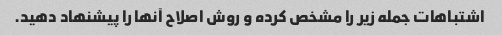
اشتباهات جمله زیر را مشخص کرده و روش اصلاح آنها را پیشنهاد دهید.